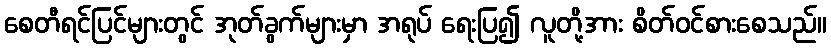
စေတီရင်ပြင်များတွင် အုတ်ခွက်များမှာ အရုပ် ရေးပြ၍ လူတို့အား စိတ်ဝင်စားစေသည်။